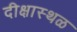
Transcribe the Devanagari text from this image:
दीक्षास्थळ